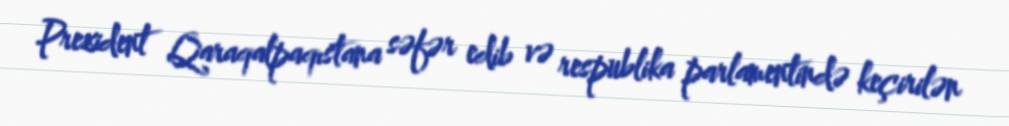
Prezident Qaraqalpaqıstana səfər edib və respublika parlamentində keçirilən